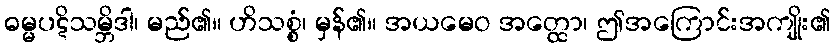
ဓမ္မပဋိသမ္ဘိဒါ၊ မည်၏။ ဟိသစ္စံ၊ မှန်၏။ အယမေဝ အတ္ထော၊ ဤအကြောင်းအကျိုး၏